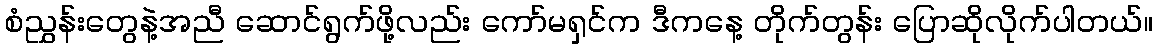
စံညွှန်းတွေနဲ့အညီ ဆောင်ရွက်ဖို့လည်း ကော်မရှင်က ဒီကနေ့ တိုက်တွန်း ပြောဆိုလိုက်ပါတယ်။